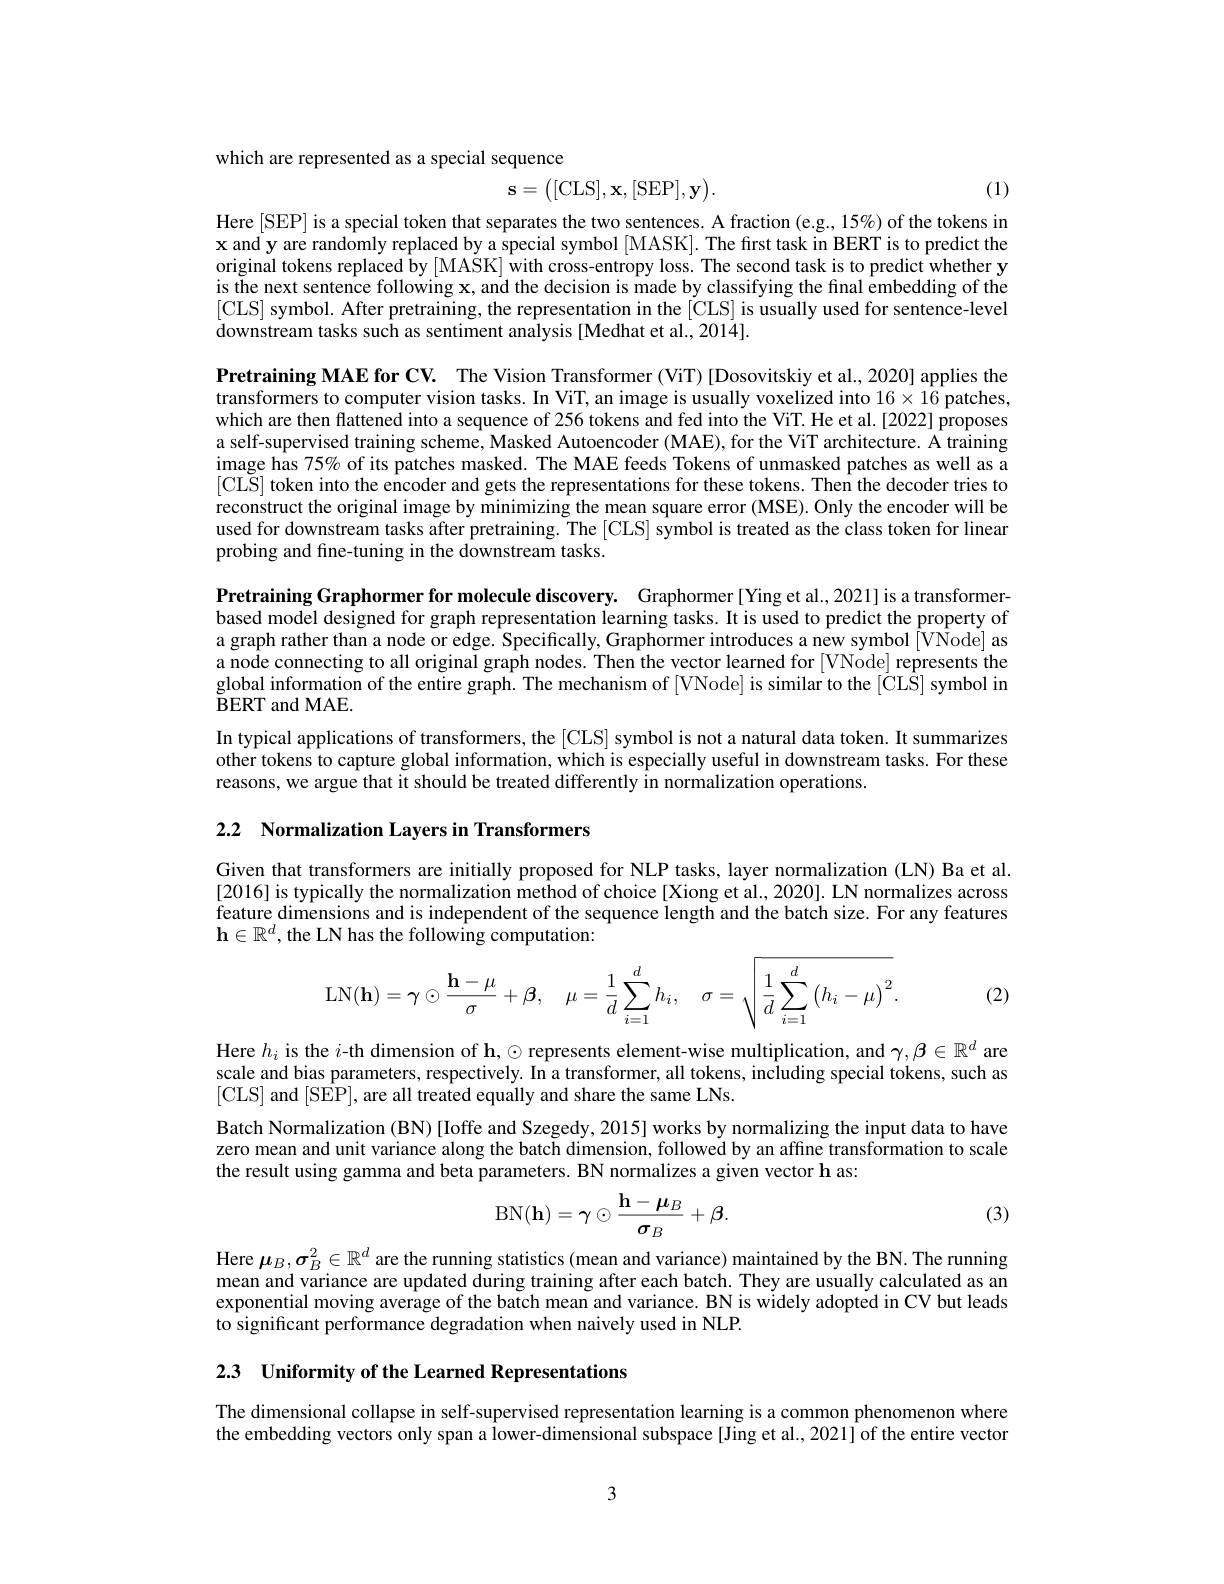
which are represented as a special sequence

(1)
$$\mathbf{s}=\begin{pmatrix}[\mathrm{CLS}],\mathbf{x},[\mathrm{SEP}],\mathbf{y}\end{pmatrix}.$$
Here [SEP] is a special token that separates the two sentences. A fraction (e.g., 15%) of the tokens in $\mathbf{x}$ and y are randomly replaced by a special symbol [MASK]. The first task in BERT is to predict the original tokens replaced by [MASK] with cross-entropy loss. The second task is to predict whether y is the next sentence following x, and the decision is made by classifying the final embedding of the [CLS] symbol. After pretraining, the representation in the[CLS] is usually used for sentence-level downstream tasks such as sen

Pretraining MAE for CV. The Vision Transformer (ViT) [Dosovitskiy et al., 2020] applies the transformers to computer vis which are then flattened into a sequence of 256 tokens and fed into the ViT. He et al.[2022] proposes a self-supervised training s image has 75% of its patches masked. The MAE feeds Tokens of unmasked patches as well as a $[\bar{\mathrm{CLS}}]$ token into the reconstruct the original ima used for downstream tasks af probing and fine-tuning in t

Pretraining Graphormer for m based model designed for gra a graph rather than a node o a node connecting to all ori global information of the entire graph. The mechanism of [VNode] is similar to the [CLS] symbol in BERT and MAE.
In typical applications of t other tokens to capture global information, which is especially useful in downstream tasks. For these reasons, we argue that it sh

2.2 $\textbf{Normalization Layers i}$

Given that transformers are initially proposed for NLP tasks, layer normalization (LN) Ba et al [2016] is typically the normalization method of choice [Xiong et al., 2020]. LN normalizes across feature dimensions and is independent of the sequence length and the batch size. For any features $\mathbf{h}\in\mathbb{R}^d$,the LN has the following computation:

(2)
$$\mathrm L\mathrm N(\mathbf h)=\boldsymbol\gamma\odot\dfrac{\mathbf h-\mu}{\sigma}+\boldsymbol\beta,\quad\mu=\dfrac1d\sum_{i=1}^dh_i,\quad\sigma=\sqrt{\dfrac1d\sum_{i=1}^d\left(h_i-\mu\right)^2}.$$
Here $h_i$ is the $i$-th dimension of h, ◌ represents element-wise multiplication, and $\gamma,\beta\in\mathbb{R}^d$ are scale and bias parameters, respectively. In a transformer, all tokens, including special tokens, such as [CLS] and [SEP], are all treated equally and share the same LNs.

Batch Normalization (BN) [Ioffe and Szegedy, 2015] works by normalizing the input data to have zero mean and unit variance along the batch dimension, followed by an affine transformation to scale the result using gamma and beta parameters. BN normalizes a given vector h as:

(3)
$$\mathrm{BN}(\mathbf{h})=\gamma\odot\frac{\mathbf{h}-\mu_B}{\sigma_B}+\beta.$$
Here $\boldsymbol\mu_B,\boldsymbol\sigma_B^2\in\mathbb{R}^d$ are the running statistics (mean and variance) maintained by the BN. The running mean and variance are updated during training after each batch. They are usually calculated as an exponential moving average of the batch mean and variance. BN is widely adopted in CV but leads to significant performance degradation when naively used in NLP.

2.3 Uniformity of the Learned Representations

The dimensional collapse in self-supervised representation learning is a common phenomenon where the embedding vectors only span a lower-dimensional subspace [Jing et al., 2021] of the entire vector

3